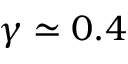
\gamma \simeq 0 . 4